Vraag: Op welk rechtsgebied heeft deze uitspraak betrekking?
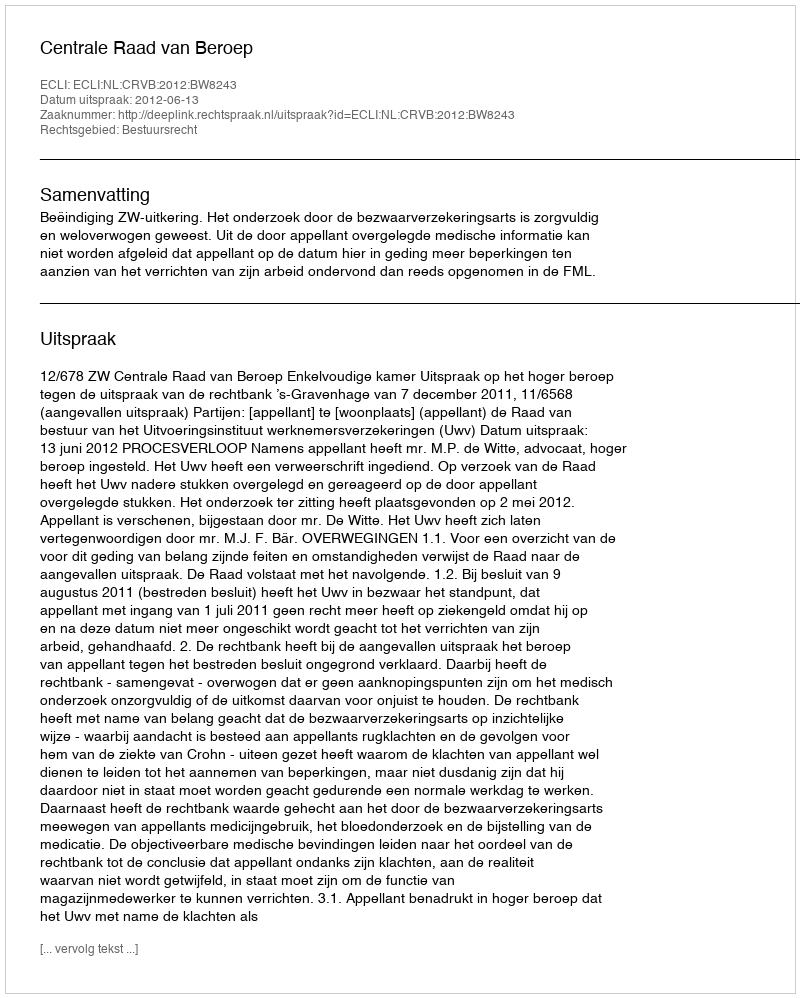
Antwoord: Bestuursrecht